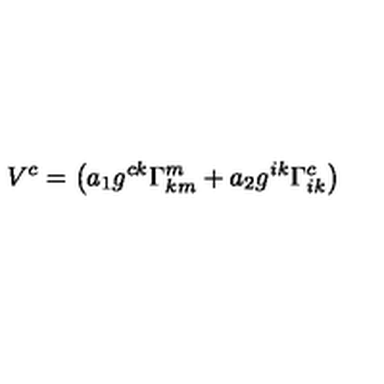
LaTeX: V ^ { c } = \left( a _ { 1 } g ^ { c k } \Gamma _ { k m } ^ { m } + a _ { 2 } g ^ { i k } \Gamma _ { i k } ^ { c } \right)